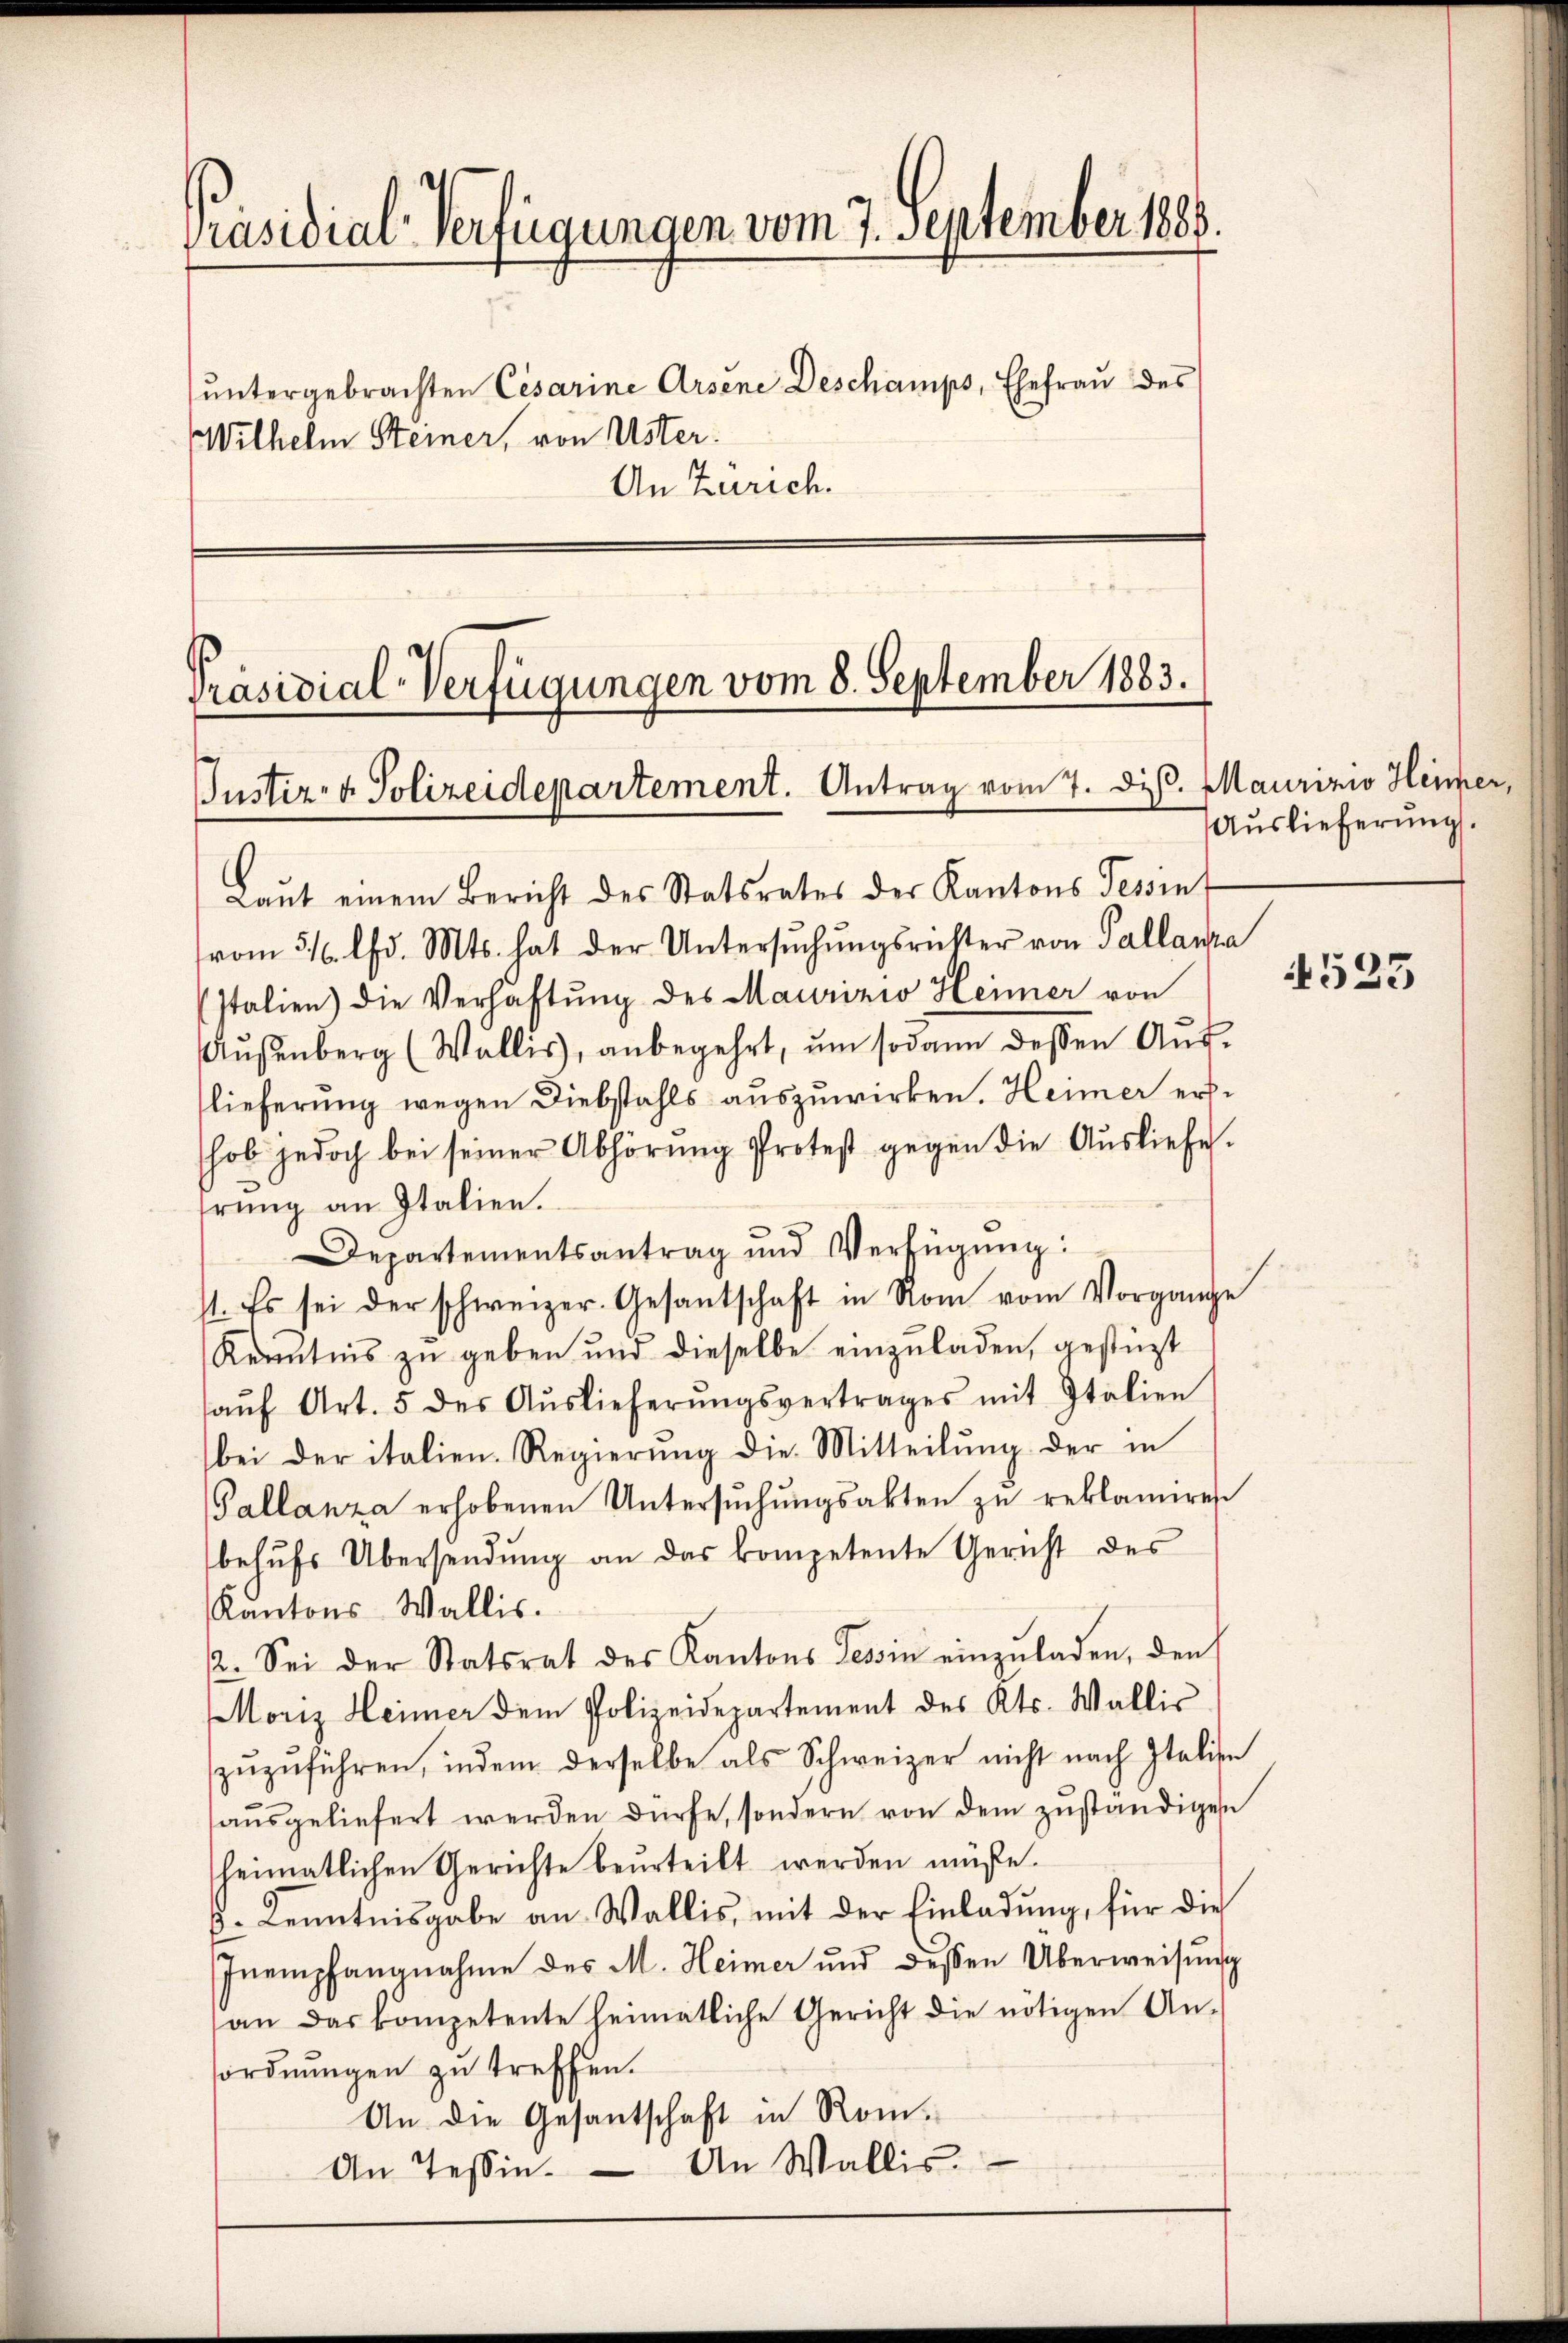
Präsidial-Verfügungen vom 7. September 1888.
ŭntergebrachten Cesarine Arsene Deschamps, Ehefrau des
Wilhelm Steiner, von Uster.
An Zürich.

Präsidial-Verfügungen vom 8. September 1883.
Justiz- & Polizeidepartement. Antrag vom 7. Disp. Maurizio Heimer,
Laŭt einem Bericht des Statsrates der Kantons Tessin

vom 31. lfd. Mts. hat der Untersŭchŭngsrichter von Pallanza
stalien) die Verhaftung des Maurizio Heimer von
Aŭsenberg (Wallis, anbegehrt, um sodann dessen Aŭf-
lieferung wegen Diebstahls auszuwirken. Heimer ershob jedoch bei seiner Abhörung Protest gegen die Ausliefe.
rŭng an Italien.
Departementsantrag und Verfügung:
st. Es sei der schweizer. Gesantschaft in Rom vom Vorgange
Kenntnis zu geben und dieselbe einzuladen, gestüzt
aŭf Art. 5 des Aŭslieferŭngsvertrages mit Italien
bei der italien-Regierung die Mitteilung der in
Gallanza erhobenen Untersŭchŭngsakten zŭ reklamiren
behŭfs Übersendŭng an das kompetente Gericht des
Kantons-Wallis.
2. Sei der Statsrat des Kantons Tessin einzuladen, den
Moriz Heimer dem Polizeidepartement des Kts. Wallis
zŭzŭführen, indem derselbe als Schweizer nicht nach Italien
aŭsgeliefert werden dürfe, sondern von dem zuständigen
heimatlichen Gerichte beurteilt werden müße.
p. Kenntnisgabe an Wallis, mit der Einladung, für die
Inempfangnahme des M. Heimer und dessen Überweisung
(an das kompetente heimatliche Gericht die nötigen An-
ordnungen zu treffen.
An die Gesantschaft in Rom¬
An Tessin. An Wallis.

Auslieferung.

4523